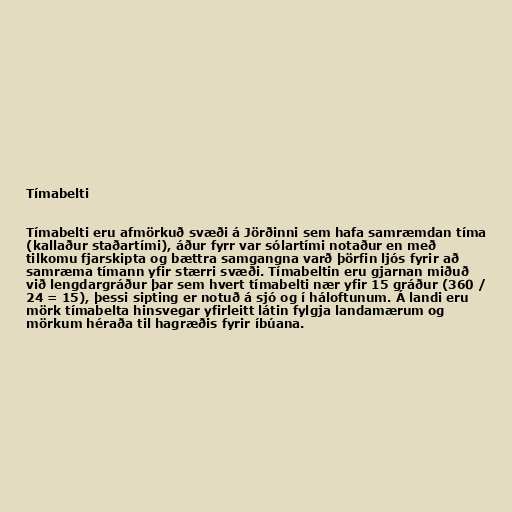
Tímabelti

Tímabelti eru afmörkuð svæði á Jörðinni sem hafa samræmdan tíma
(kallaður staðartími), áður fyrr var sólartími notaður en með
tilkomu fjarskipta og bættra samgangna varð þörfin ljós fyrir að
samræma tímann yfir stærri svæði. Tímabeltin eru gjarnan miðuð
við lengdargráður þar sem hvert tímabelti nær yfir 15 gráður (360 /
24 = 15), þessi sipting er notuð á sjó og í háloftunum. Á landi eru
mörk tímabelta hinsvegar yfirleitt látin fylgja landamærum og
mörkum héraða til hagræðis fyrir íbúana.